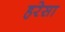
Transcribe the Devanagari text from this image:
हरेसा